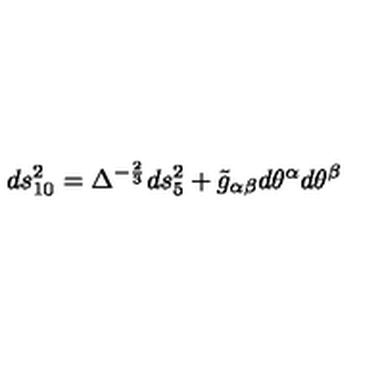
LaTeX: d s _ { 1 0 } ^ { 2 } = \Delta ^ { - \frac { 2 } { 3 } } d s _ { 5 } ^ { 2 } + \tilde { g } _ { \alpha \beta } d \theta ^ { \alpha } d \theta ^ { \beta }